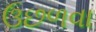
ઉછળવા